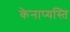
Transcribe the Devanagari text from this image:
केनाप्यस्ति